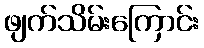
ဖျက်သိမ်းကြောင်း